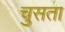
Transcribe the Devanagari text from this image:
चुसता